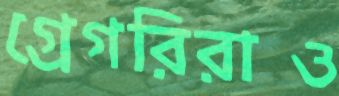
গ্রেগরিরাও